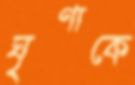
ঘৃণাকে